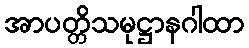
အာပတ္တိသမုဋ္ဌာနဂါထာ